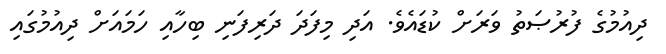
ދިއުމުގެ ފުރުޞަތު ވަރަށް ކުޑައެވެ. އަދި މިފަދަ ދަރިފަނި ބިހާއި ހަމައަށް ދިއުމުގައި